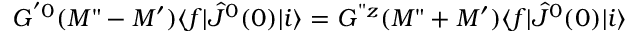
G ^ { ' 0 } ( M " - M ^ { \prime } ) \langle f | { \hat { J } } ^ { 0 } ( 0 ) | i \rangle = G ^ { " z } ( M " + M ^ { \prime } ) \langle f | { \hat { J } } ^ { 0 } ( 0 ) | i \rangle